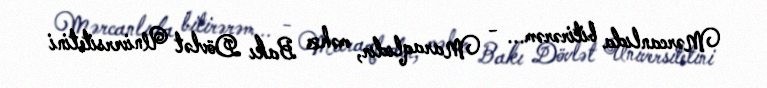
Mərcanlıda bitirərəm... - Maraqlıdır, məhz Bakı Dövlət Universitetini